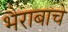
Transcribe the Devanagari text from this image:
भैराबाचे